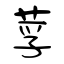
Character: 莩